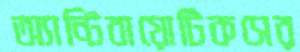
অ্যান্টিবায়োটিকসের